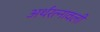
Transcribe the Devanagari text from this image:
अर्थरत्नावली